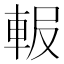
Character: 𨋚